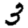
Digit: 3